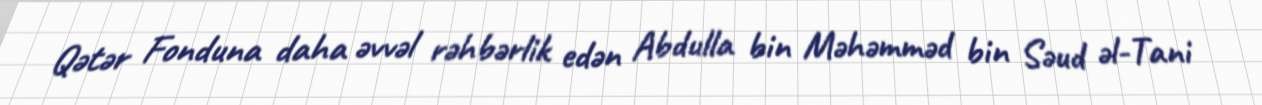
Qətər Fonduna daha əvvəl rəhbərlik edən Abdulla bin Məhəmməd bin Səud əl-Tani